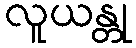
လူယန္တု